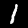
Label: 1